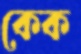
কেক